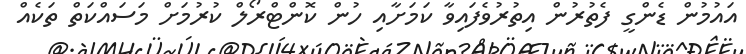
އައުމުން ޑެންގީ ފެތުރުން އިތުރުވެފައިވާ ކަމަށާއި ހުން ކޮންޓްރޯލް ކުރުމަށް މަސައްކަތް ތަކެއް